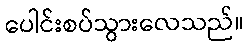
ပေါင်းစပ်သွားလေသည်။